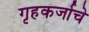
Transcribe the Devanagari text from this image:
गृहकर्जाचे